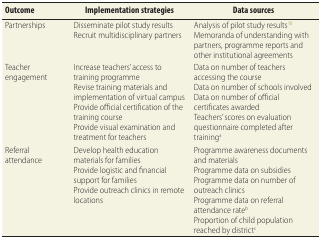
<table><thead><tr><td><b>Outcome</b></td><td><b>Implementation strategies</b></td><td><b>Data sources</b></td></tr></thead><tbody><tr><td>Partnerships</td><td>Disseminate pilot study resultsRecruit multidisciplinary partners</td><td>Analysis of pilot study results<sup>10</sup>Memoranda of understanding with partners, programme reports and other institutional agreements</td></tr><tr><td>Teacher engagement</td><td>Increase teachers’ access to training programmeRevise training materials and implementation of virtual campusProvide official certification of the training courseProvide visual examination and treatment for teachers</td><td>Data on number of teachers accessing the courseData on number of schools involvedData on number of official certificates awardedTeachers’ scores on evaluation questionnaire completed after training<sup>a</sup></td></tr><tr><td>Referral attendance</td><td>Develop health education materials for familiesProvide logistic and financial support for familiesProvide outreach clinics in remote locations</td><td>Programme awareness documents and materialsProgramme data on subsidiesProgramme data on number of outreach clinicsProgramme data on referral attendance rate<sup>b</sup>Proportion of child population reached by district<sup>c</sup></td></tr></tbody></table>